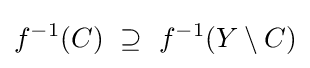
f^{-1}(C)~\supseteq ~f^{-1}(Y\setminus C)